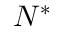
N ^ { * }